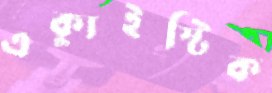
এক্যুইস্টিক